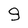
Character: g